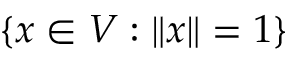
\{ x \in V : \| x \| = 1 \}